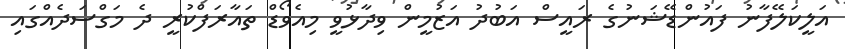
އަލީކަލޭފާނު ފައުންޑޭޝަނުގެ ރައީސް އަބުދު އަޒުމީން ވިދާޅުވީ މިއެވޯޑް ތައާރަފްކުރީ ދެ މަގްސަދެއްގައި